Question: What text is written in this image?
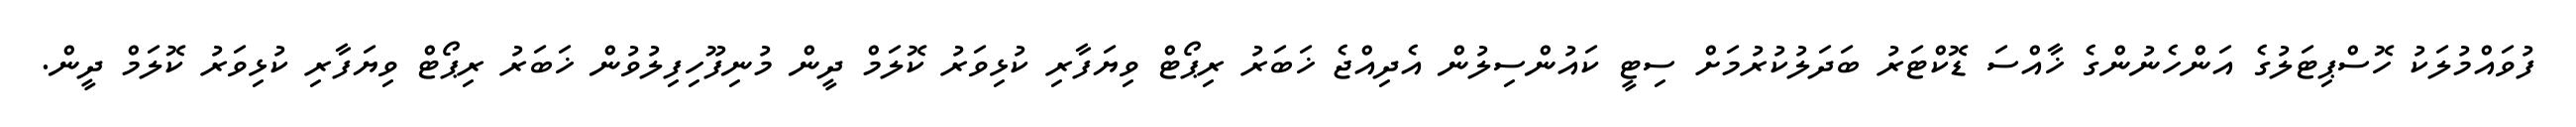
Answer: ފުވައްމުލަކު ހޮސްޕިޓަލުގެ އަންހެނުންގެ ޚާއްސަ ޑޮކްޓަރު ބަދަލުކުރުމަށް ސިޓީ ކައުންސިލުން އެދިއްޖެ ޚަބަރު ރިޕޯޓް ވިޔަފާރި ކުޅިވަރު ކޮލަމް ދީން މުނިފޫހިފިލުވުން ޚަބަރު ރިޕޯޓް ވިޔަފާރި ކުޅިވަރު ކޮލަމް ދީން.